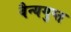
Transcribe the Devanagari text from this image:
वैन्यगुप्त